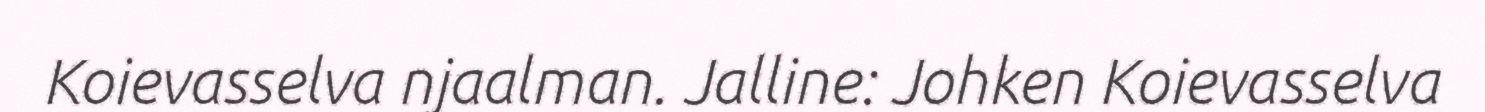
Koievasselva njaalman. Jalline: Johken Koievasselva